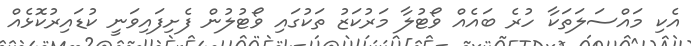
އެކި މައްސަލަތަކާ ހުރެ ބައެއް ވޯޓުލާ މަރުކަޒު ތަކުގައި ވޯޓުލުން ފެށިފައިވަނީ ކުޑައިރުކޮޅެއް